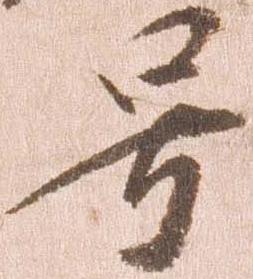
号